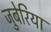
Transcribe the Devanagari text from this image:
जुबेरिया